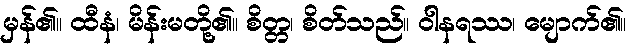
မှန်၏။ ထီနံ၊ မိန်းမတို့၏။ စိတ္တ၊ စိတ်သည်။ ဝါနရဿ၊ မျောက်၏။